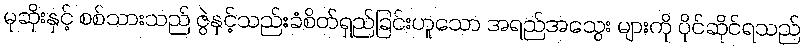
မုဆိုးနှင့် စစ်သားသည် ဇွဲနှင့်သည်းခံစိတ်ရှည်ခြင်းဟူသော အရည်အသွေး များကို ပိုင်ဆိုင်ရသည်